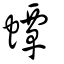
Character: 蟫